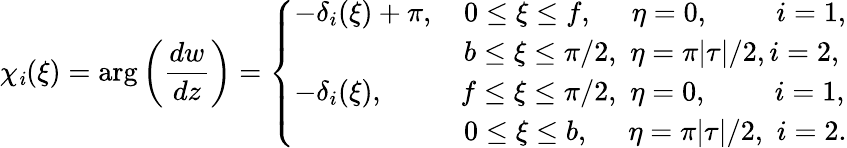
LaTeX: \chi_{\mathit{i}}(\xi)=\arg\left(\frac{{dw}}{{dz}}\right)=\left\{ {\begin{array}{l}{-\delta_{i}(\xi)+\pi,\quad 0\leq\xi\leq f,\quad\, \, \eta=0,\quad\quad\, \, i=1,}\\ {\qquad\qquad\qquad b\leq\xi\leq\pi/2,\, \, \eta=\pi|\tau|/2,i=2,}\\ {-\delta_{i}(\xi),\quad\quad\, \, \, \, f\leq\xi\leq\pi/2,\, \, \eta=0,\quad\quad\, \, i=1,}\\ {\qquad\qquad\qquad 0\leq\xi\leq b,\, \, \quad\eta=\pi|\tau|/2,\, \, i=2.}\end{array}}\right.